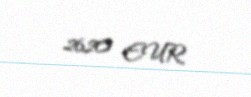
2620 EUR